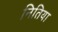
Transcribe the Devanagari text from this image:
नितिया